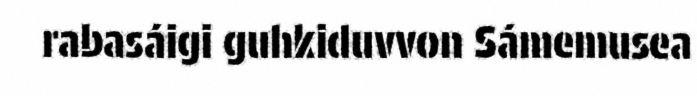
rabasáigi guhkiduvvon Sámemusea